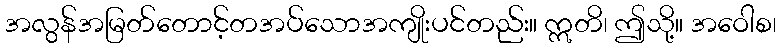
အလွန်အမြတ်တောင့်တအပ်သောအကျိုးပင်တည်း။ ဣတိ၊ ဤသို့။ အဝေါစ၊